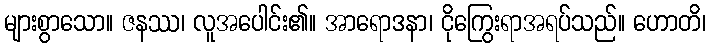
များစွာသော။ ဇနဿ၊ လူအပေါင်း၏။ အာရောဒနာ၊ ငိုကြွေးရာအရပ်သည်။ ဟောတိ၊